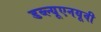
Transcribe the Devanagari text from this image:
डब्ल्यूएनयूवी